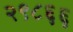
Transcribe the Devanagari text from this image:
२९८६६